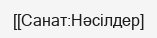
[[Санат:Нәсілдер]